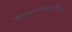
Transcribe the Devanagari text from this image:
प्रोक्षयेत्पंचगव्येनभुवंमंत्रैर्विचक्षणः